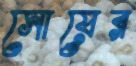
সোয়ের